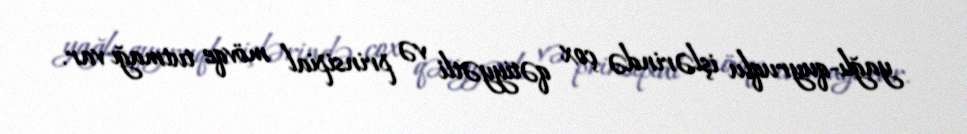
yağlı-quyruqlu işlərində çox qətiyyətli və prinsipial mövqe tutmağı var.